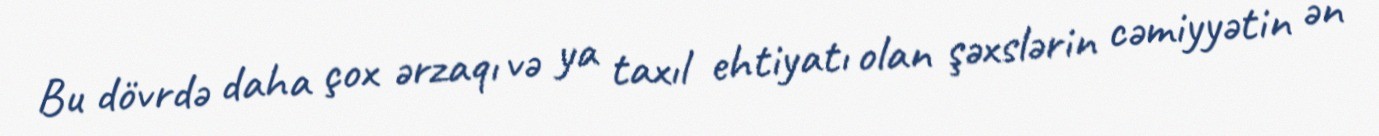
Bu dövrdə daha çox ərzaqı və ya taxıl ehtiyatı olan şəxslərin cəmiyyətin ən